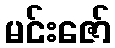
မင်းဇော်